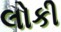
લોકી